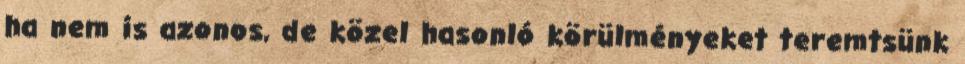
ha nem is azonos, de közel hasonló körülményeket teremtsünk